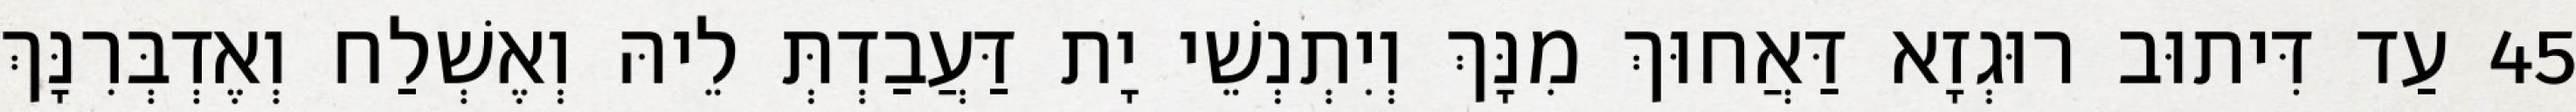
45 עַד דִּיתוּב רוּגְזָא דַּאֲחוּךְ מִנָּךְ וְיִתְנְשֵׁי יָת דַּעֲבַדְתְּ לֵיהּ וְאֶשְׁלַח וְאֶדְבְּרִנָּךְ